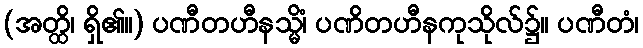
(အတ္ထိ၊ ရှိ၏။) ပဏီတဟီနသ္မိံ၊ ပဏိတဟီနကုသိုလ်၌။ ပဏီတံ၊